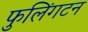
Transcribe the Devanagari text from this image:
फुलिंगटन